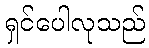
ရှင်ပေါလုသည်